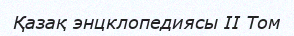
Қазақ энцклопедиясы II Том